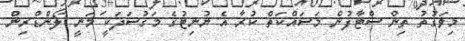
މިވަގުތު ތިން ސްޓާފުން މަސައްކަތް ކުރާ އެ ޔުނިޓުގެ މަގުސަދަކީ މަނީ ލޯންޑްރިން